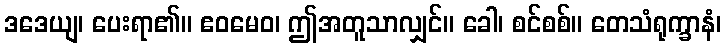
ဒဒေယျ၊ ပေးရာ၏။ ဧဝမေဝ၊ ဤအတူသာလျှင်။ ခေါ၊ စင်စစ်။ တေသံရုက္ခာနံ၊